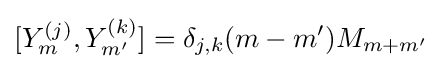
[Y_{m}^{(j)},Y_{m'}^{(k)}]=\delta _{j,k}(m-m')M_{m+m'}